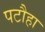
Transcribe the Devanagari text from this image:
पटौहा